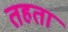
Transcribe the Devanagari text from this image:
तहता